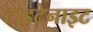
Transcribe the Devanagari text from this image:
टाइटेनाइट